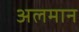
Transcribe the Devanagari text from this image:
अलमान